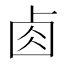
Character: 𠧪